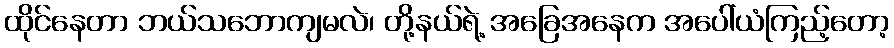
ထိုင်နေတာ ဘယ်သဘောကျမလဲ၊ တို့နယ်ရဲ့ အခြေအနေက အပေါ်ယံကြည့်တော့